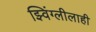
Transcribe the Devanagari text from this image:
झ्विंग्लीलाही